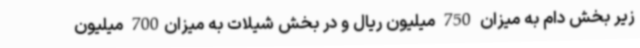
زیر بخش دام به میزان 750 میلیون ریال و در بخش شیلات به میزان700 میلیون